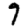
Digit: 7